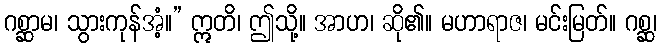
ဂစ္ဆာမ၊ သွားကုန်အံ့။” ဣတိ၊ ဤသို့။ အာဟ၊ ဆို၏။ မဟာရာဇ၊ မင်းမြတ်။ ဂစ္ဆ၊